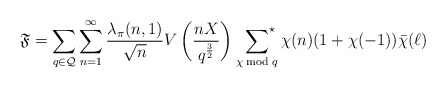
\begin{align*}\mathfrak{F}=\sum_{q\in\mathcal{Q}}\sum_{n=1}^\infty \frac{\lambda_\pi(n,1)}{\sqrt{n}}V\left(\frac{nX}{q^{\frac{3}{2}}}\right)\;\sideset{}{^\star}\sum_{\chi\bmod{q}}\chi(n)(1+\chi(-1))\bar\chi(\ell)\end{align*}